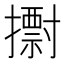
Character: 𢷋